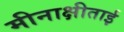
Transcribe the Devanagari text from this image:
मीनाक्षीताई